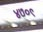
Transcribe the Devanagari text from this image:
४७०९